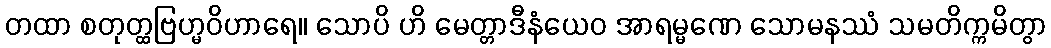
တထာ စတုတ္ထဗြဟ္မဝိဟာရေ။ သောပိ ဟိ မေတ္တာဒီနံယေဝ အာရမ္မဏေ သောမနဿံ သမတိက္ကမိတွာ